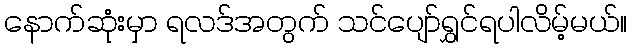
နောက်ဆုံးမှာ ရလဒ်အတွက် သင်ပျော်ရွှင်ရပါလိမ့်မယ်။